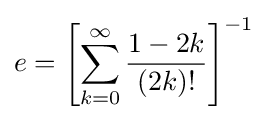
e=\left[\sum _{k=0}^{\infty }{\frac {1-2k}{(2k)!}}\right]^{-1}